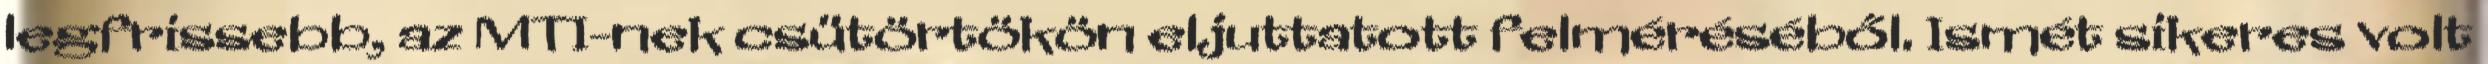
legfrissebb, az MTI-nek csütörtökön eljuttatott felméréséből. Ismét sikeres volt